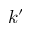
k ^ { \prime }